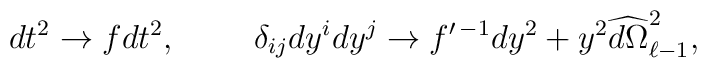
dt^2\to fdt^2,\ \ \ \ \ \ \ \delta_{ij}dy^idy^j\to f^{\prime\,-1}dy^2+y^2\widehat{d\Omega}^2_{\ell-1},